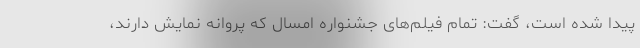
پیدا شده است، گفت: تمام فیلم‌های جشنواره امسال که پروانه نمایش دارند،